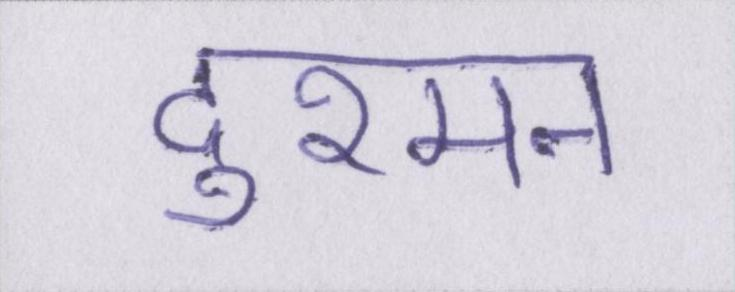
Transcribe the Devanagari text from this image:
दुश्मन